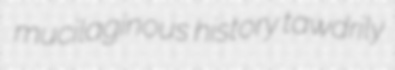
mucilaginous history tawdrily